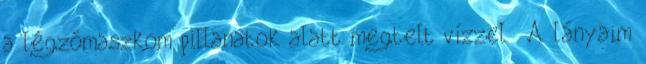
a légzőmaszkom pillanatok alatt megtelt vízzel . A lányaim